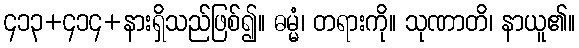
၄၁၃+၄၁၄+နားရှိသည်ဖြစ်၍။ ဓမ္မံ၊ တရားကို။ သုဏာတိ၊ နာယူ၏။